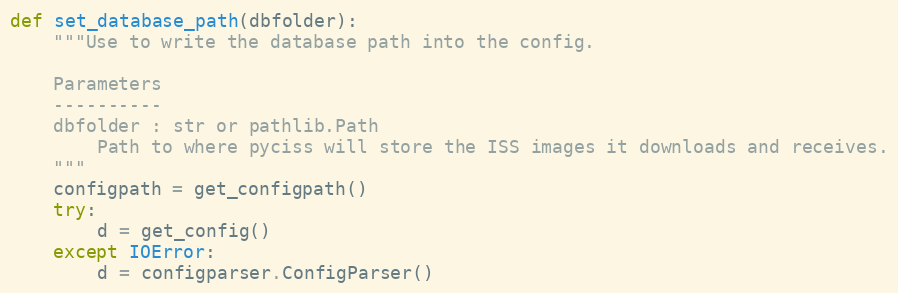
Language: Python
def set_database_path(dbfolder):
    """Use to write the database path into the config.

    Parameters
    ----------
    dbfolder : str or pathlib.Path
        Path to where pyciss will store the ISS images it downloads and receives.
    """
    configpath = get_configpath()
    try:
        d = get_config()
    except IOError:
        d = configparser.ConfigParser()